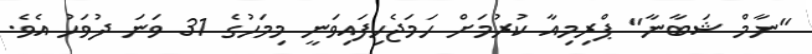
"ނާމް ޝަބާނާ" ޕްރިމިއާ ކުރުމަށް ހަމަޖެހިފައިވަނީ މިމަހުގެ 31 ވަނަ ދުވަހު އެވެ.